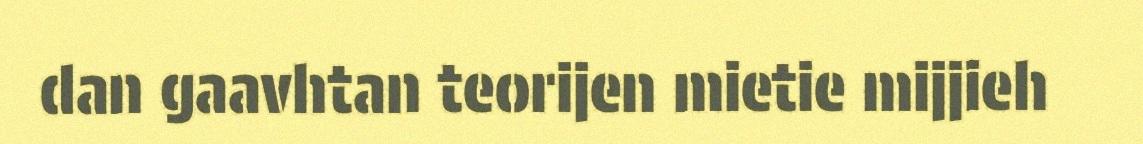
dan gaavhtan teorijen mietie mijjieh